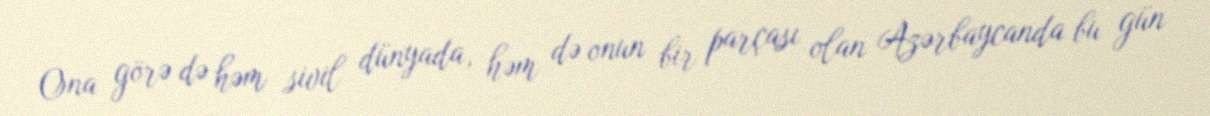
Ona görə də həm sivil dünyada, həm də onun bir parçası olan Azərbaycanda bu gün